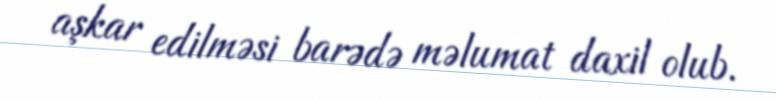
aşkar edilməsi barədə məlumat daxil olub.